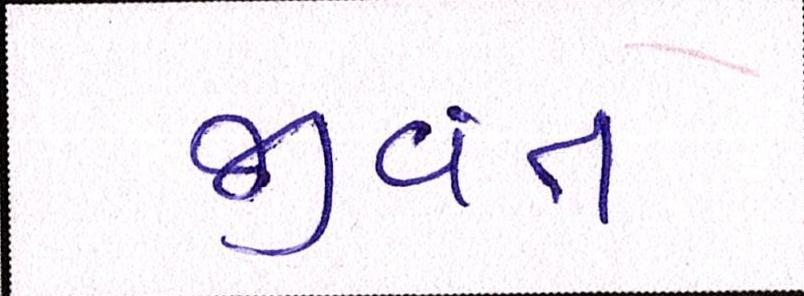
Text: જીવંત